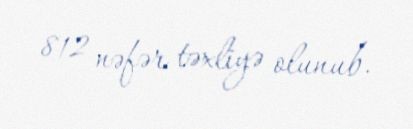
812 nəfər təxliyə olunub.